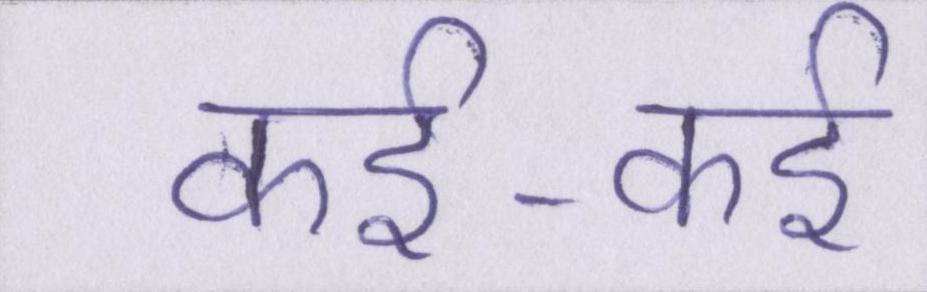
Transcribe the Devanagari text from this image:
कई-कई